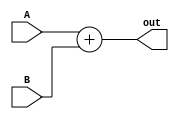
module Adder #(parameter Width = 32) 
(
    input [Width-1:0] A, B,
    output [Width-1:0] out
);

assign out = A + B;

endmodule